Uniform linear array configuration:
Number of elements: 24
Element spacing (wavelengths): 0.25
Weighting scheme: uniform
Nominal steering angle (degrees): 30
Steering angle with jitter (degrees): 31.625
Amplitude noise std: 0.05
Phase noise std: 0.05

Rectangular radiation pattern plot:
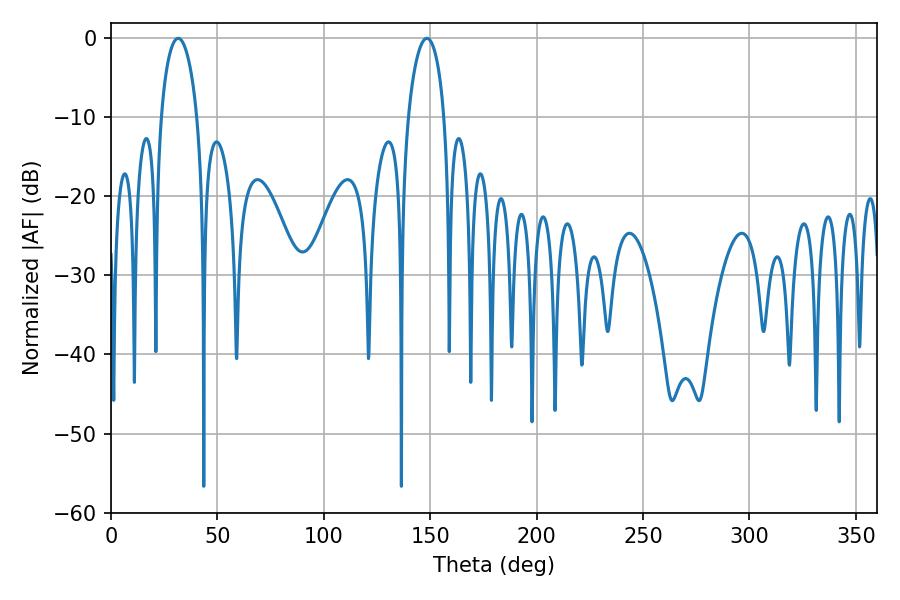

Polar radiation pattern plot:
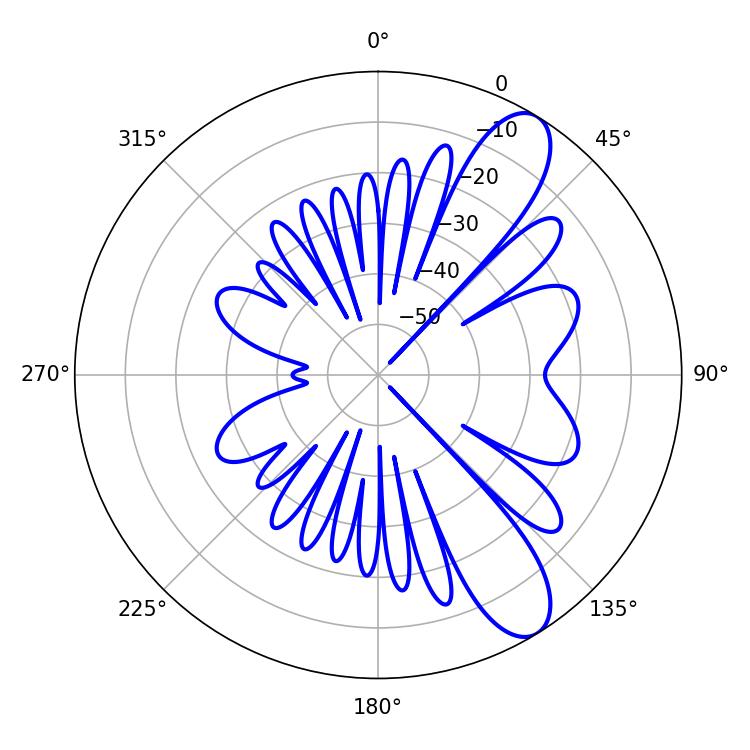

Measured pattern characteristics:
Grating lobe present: FALSE
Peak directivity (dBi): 9.921
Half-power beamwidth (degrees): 9.72
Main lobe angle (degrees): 148.5